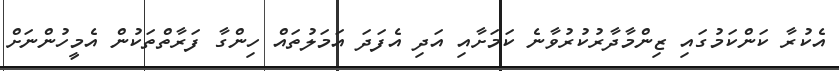
އެކުރާ ކަންކަމުގައި ޒިންމާދާރުކުރުވާނެ ކަމަށާއި އަދި އެފަދަ އަމަލުތައް ހިންގާ ފަރާތްތަކުން އެމީހުންނަށް